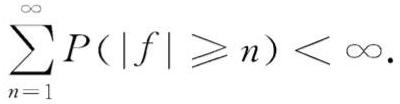
\[
\sum_{n = 1}^{\infty} P(|f| \geqslant n) < \infty.
\]